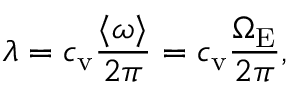
\lambda = c _ { \mathrm { v } } \frac { \langle \omega \rangle } { 2 \pi } = c _ { \mathrm { v } } \frac { \Omega _ { \mathrm { E } } } { 2 \pi } ,